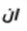
ان